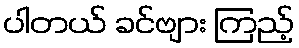
ပါတယ် ခင်ဗျား ကြည့်